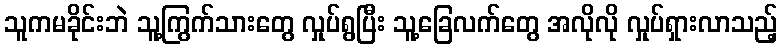
သူကမခိုင်းဘဲ သူ့ကြွက်သားတွေ လှုပ်ရွပြီး သူ့ခြေလက်တွေ အလိုလို လှုပ်ရှားလာသည့်